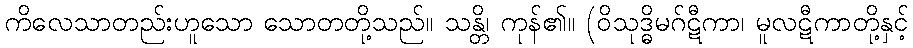
ကိလေသာတည်းဟူသော သောတတို့သည်။ သန္တိ၊ ကုန်၏။ (ဝိသုဒ္ဓိမဂ်ဋီကာ၊ မူလဋီကာတို့နှင့်